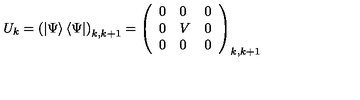
U _ { k } = \left( \left| \Psi \right\rangle \left\langle \Psi \right| \right) _ { k , k + 1 } = \left( \begin{array} { l l l } { 0 } & { 0 } & { 0 } \\ { 0 } & { V } & { 0 } \\ { 0 } & { 0 } & { 0 } \\ \end{array} \right) _ { k , k + 1 }